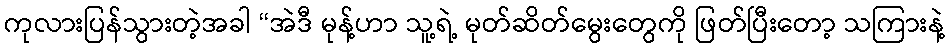
ကုလားပြန်သွားတဲ့အခါ “အဲဒီ မုန့်ဟာ သူ့ရဲ့ မုတ်ဆိတ်မွေးတွေကို ဖြတ်ပြီးတော့ သကြားနဲ့